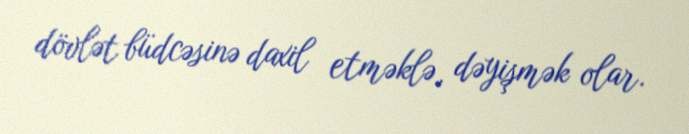
dövlət büdcəsinə daxil etməklə, dəyişmək olar.